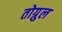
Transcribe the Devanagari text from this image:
तोग्रुल